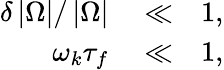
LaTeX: \begin{array}{rlr}{\delta\left\vert\Omega\right\vert/\left\vert\Omega\right\vert}&{{}\ll}&{1,}\\ {\omega_{k}\tau_{f}}&{{}\ll}&{1,}\end{array}